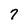
Character: 7